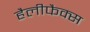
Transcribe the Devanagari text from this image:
हैलीफैक्स